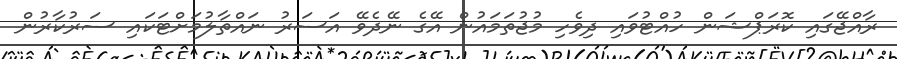
ރާއްޖޭގައި ކޮރަޕްޝަން ހުއްޓުވައި ދިވެހި މުޖުތަމައުން އޭގެ ނޭދެވޭ އަސަރު ނައްތާލުމަށްޓަކައި ސަރުކާރުން